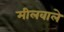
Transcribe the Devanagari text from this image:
मीलवाले